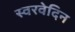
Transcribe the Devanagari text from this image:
स्वरवेदिन